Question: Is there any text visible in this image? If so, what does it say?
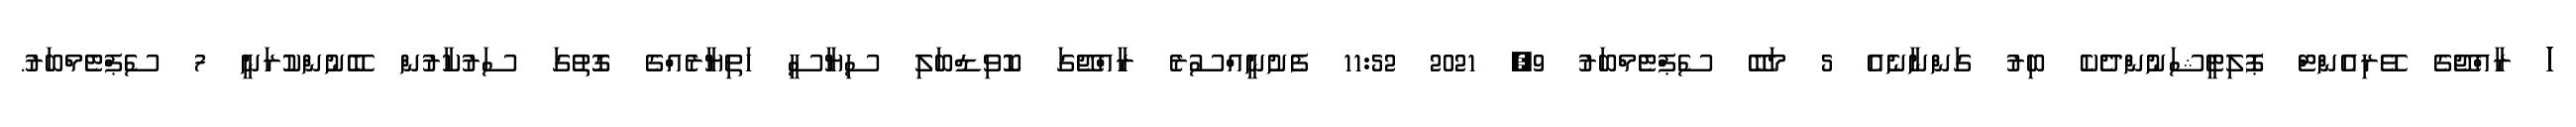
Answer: ަަަަަަަަަަަަަަަަަަަ ރާއްޖޭގެ ވޭރިއެންޓް ޕޮލިޓީޝަނުންދެކެ ބިރު ގަންނާނެއެ 5 މަބޭ ސެޕްޓެމްބަރު 9, 2021 11:52 ފެށުނީއްސުރެ ރާއްޖޭގަ ކޮވިޑްބަލި ސިޔާސީ ހަތިޔާރެއްގެ ގޮތުގަ ސަރުކާރުން ބޭނުންކުރަނީ 7 ސެޕްޓެމްބަރު.